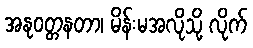
အနုဝတ္တနတာ၊ မိန်းမအလိုသို့ လိုက်